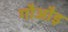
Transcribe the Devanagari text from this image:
गौऔइ